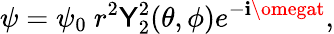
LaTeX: \psi=\psi_{0}~r^{2}\mathsf{Y}_{2}^{2}(\theta,\phi)e^{-\mathbf{i}\omegat},